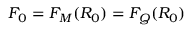
F _ { 0 } = F _ { M } ( R _ { 0 } ) = F _ { Q } ( R _ { 0 } )